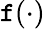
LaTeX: \mathtt{f}(\cdot)